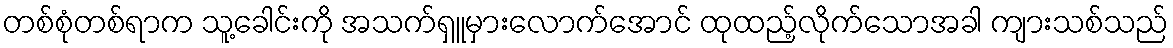
တစ်စုံတစ်ရာက သူ့ခေါင်းကို အသက်ရှူမှားလောက်အောင် ထုထည့်လိုက်သောအခါ ကျားသစ်သည်